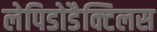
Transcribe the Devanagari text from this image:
लेपिडोडैक्टिलस